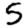
Digit: 5